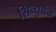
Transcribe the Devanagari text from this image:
सिन्धुपंक